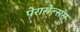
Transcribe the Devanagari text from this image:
पेरासेल्सस